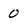
Character: 0